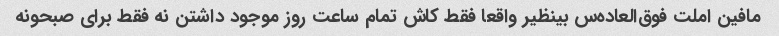
مافین املت فوق‌العاده‌س بینظیر واقعا فقط کاش تمام ساعت روز موجود داشتن نه فقط برای صبحونه